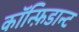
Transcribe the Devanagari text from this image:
कॉन्फ़िडान्ट